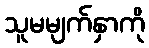
သူမမျက်နှာကို